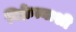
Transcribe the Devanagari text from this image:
विक्रेत्याशी